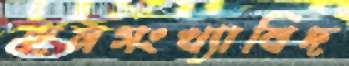
জনসংখ্যাবিদ